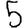
Digit: 5